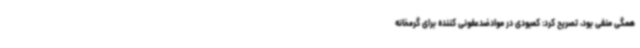
همگی منفی بود، تصریح کرد: کمبودی در موادضدعفونی کننده برای گرمخانه